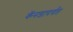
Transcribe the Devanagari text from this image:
कॅनडापर्यंत